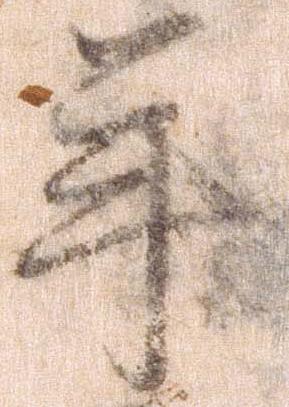
年